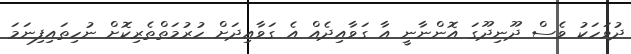
ދުވަހަކު ވެސް ދޫނިދޫގަ އޮންނާނީ އާ ގަވާއިދެއް އެ ގަވާއިދަށް ހުރުމަތްތެރިކޮށް ނުހިތައިފިނަމަ